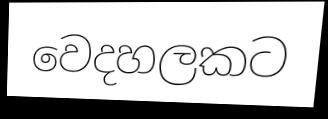
වෙදහලකට